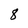
Character: 8